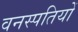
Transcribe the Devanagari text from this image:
वनस्‍पतियों